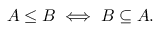
A \leq B \iff B \subseteq A .